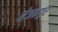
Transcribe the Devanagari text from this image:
सेजकपुर